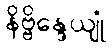
နိဗ္ဗိန္ဒေယျုံ